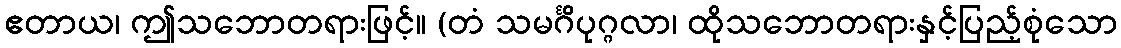
ဧတာယ၊ ဤသဘောတရားဖြင့်။ (တံ သမင်္ဂိပုဂ္ဂလာ၊ ထိုသဘောတရားနှင့်ပြည့်စုံသော